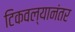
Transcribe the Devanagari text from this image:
टिकवल्यानंतर